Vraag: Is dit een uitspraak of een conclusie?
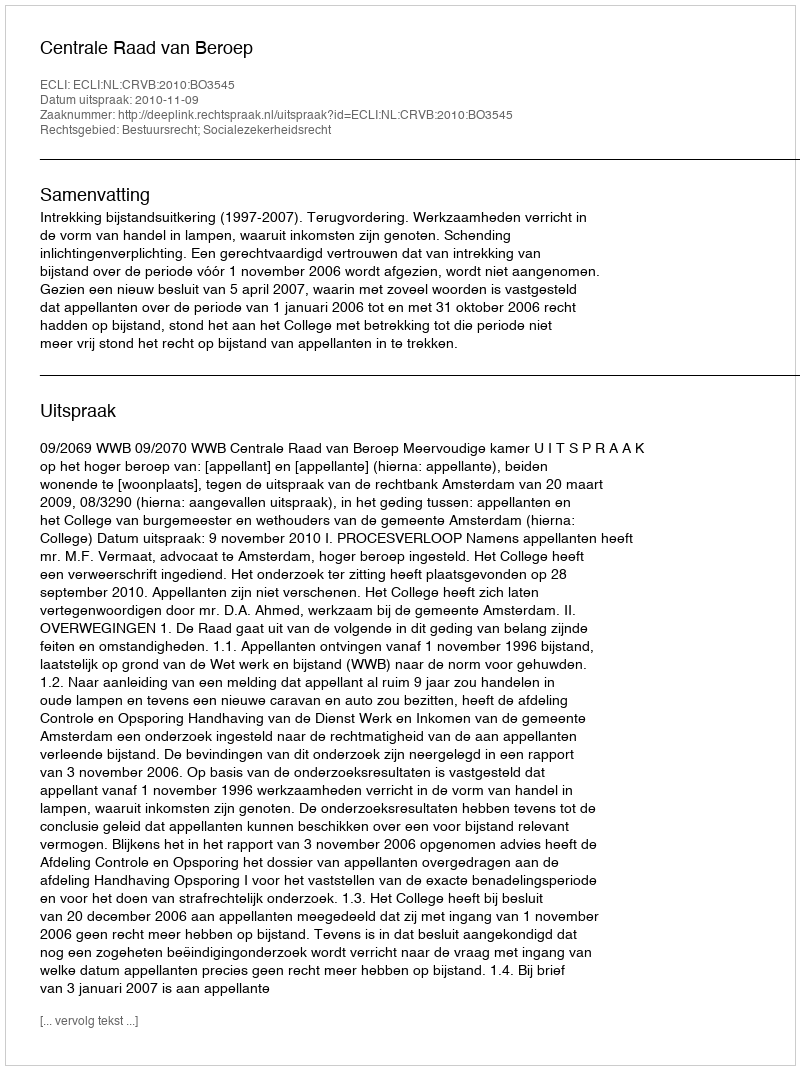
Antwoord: Uitspraak